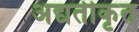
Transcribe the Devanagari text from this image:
अद्यतीकृत